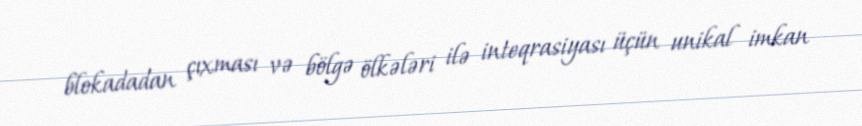
blokadadan çıxması və bölgə ölkələri ilə inteqrasiyası üçün unikal imkan